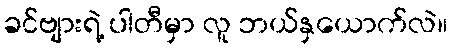
ခင်ဗျားရဲ့ ပါတီမှာ လူ ဘယ်နှယောက်လဲ။